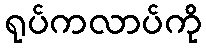
ရုပ်ကလာပ်ကို